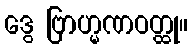
ဒွေ ဗြာဟ္မဏဝတ္ထု။